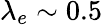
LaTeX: \lambda_{e}\sim 0.5